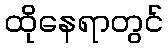
ထိုနေရာတွင်